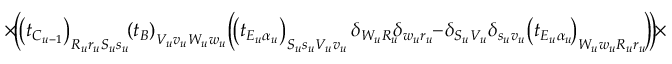
\times \! \bigg ( \! \! \left( t _ { C _ { u - 1 } } \right) _ { R _ { u } r _ { u } S _ { u } s _ { u } } \! \! \left( t _ { B } \right) _ { V _ { u } v _ { u } W _ { u } w _ { u } } \! \left( \! \left( t _ { E _ { u } \alpha _ { u } } \right) _ { S _ { u } s _ { u } V _ { u } v _ { u } } \delta _ { W _ { u } R _ { u } } \! \! \delta _ { w _ { u } r _ { u } } \! \! - \! \delta _ { S _ { u } V _ { u } } \delta _ { s _ { u } v _ { u } } \! \left( t _ { E _ { u } \alpha _ { u } } \! \right) _ { W _ { u } w _ { u } R _ { u } r _ { u } } \! \right) \! \! \bigg ) \! \times